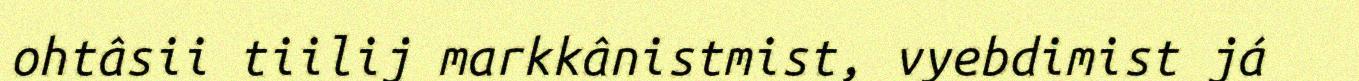
ohtâsii tiilij markkânistmist, vyebdimist já